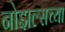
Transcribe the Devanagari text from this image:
नोझल्सच्या